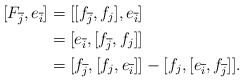
\begin{align*}[F_{\overline{j}}, e_{\overline{i}}] &= [[f_{\overline{j}},f_j],e_{\overline{i}}]\\&= [e_{\overline{i}},[f_{\overline{j}},f_j]]\\&= [f_{\overline{j}},[f_j, e_{\overline{i}}]] - [f_j, [e_{\overline{i}}, f_{\overline{j}}]].\end{align*}